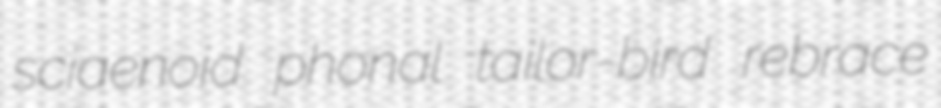
sciaenoid phonal tailor-bird rebrace